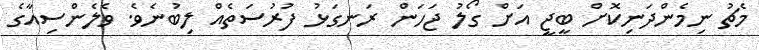
މެޗު ނިމެންދަނިކޮށް ބީޖީ އަށް ގޯލު ޖަހަން ރަނގަޅު ފުރުސަތެއް ލިބުނެވެ. ވެލެންސިއާގެ